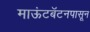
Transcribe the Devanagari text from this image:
माऊंटबॅटनपासून